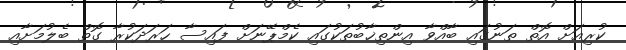
ކުރިއަށް އޮތް ތަނުގައި ބާއްވާ އިންތިޚާބުތަކުގައި ކެމްޕޭނަށް ފައިސާ ހަރަދަކުރާ ގޮތް ބެލުމަށާއި